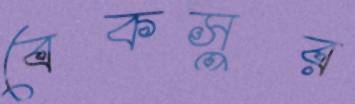
বেকসুর